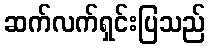
ဆက်လက်ရှင်းပြသည်